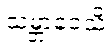
သမ္ဘာဝေသိ